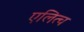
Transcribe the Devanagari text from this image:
एलित्च